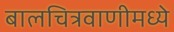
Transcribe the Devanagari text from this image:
बालचित्रवाणीमध्ये